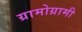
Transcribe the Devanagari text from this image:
ग्रामोग्रामी